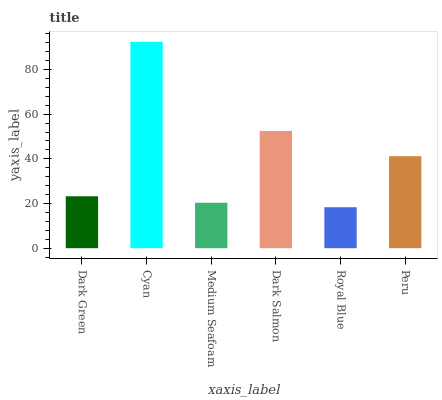
| xaxis_label | bars |
 | --- | --- |
 | Dark Green | 23.2 |
 | Cyan | 92.4 |
 | Medium Seafoam | 20.3 |
 | Dark Salmon | 52.5 |
 | Royal Blue | 18.3 |
 | Peru | 41.2 |